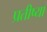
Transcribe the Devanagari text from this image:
प्रतीष्या